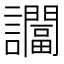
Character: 𬣖